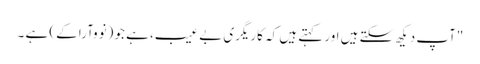
"آپ دیکھ سکتے ہیں اور کہتے ہیں کہ کاریگری بے عیب، ہے جو (نووآرا کے) ہے ۔